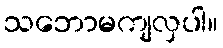
သဘောမကျလှပါ။